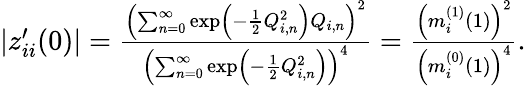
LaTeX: \begin{array}{r}{|z_{ii}^{\prime}(0)|=\frac{\left(\sum_{n=0}^{\infty}\exp\left(-\frac{1}{2}Q_{i,n}^{2}\right)Q_{i,n}\right)^{2}}{\left(\sum_{n=0}^{\infty}\exp\left(-\frac{1}{2}Q_{i,n}^{2}\right)\right)^{4}}=\frac{\left(m_{i}^{(1)}(1)\right)^{2}}{\left(m_{i}^{(0)}(1)\right)^{4}}.}\end{array}